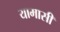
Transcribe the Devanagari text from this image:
यामासी